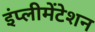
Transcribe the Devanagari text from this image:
इंप्लीमेंटेशन